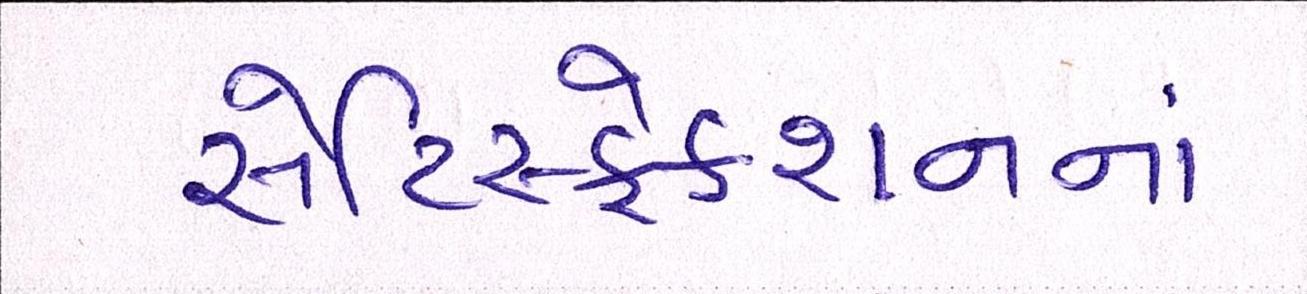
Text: સેટિસ્ફેક્શનનાં